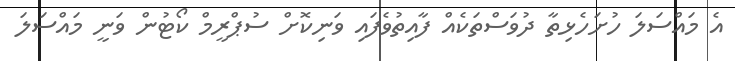
އެ މައްސަލަ ހުށަހެޅިތާ ދުވަސްތަކެއް ފާއިތުވެފައި ވަނިކޮށް ސުޕްރީމް ކޯޓުން ވަނީ މައްސަލަ